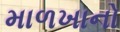
માળખાનો